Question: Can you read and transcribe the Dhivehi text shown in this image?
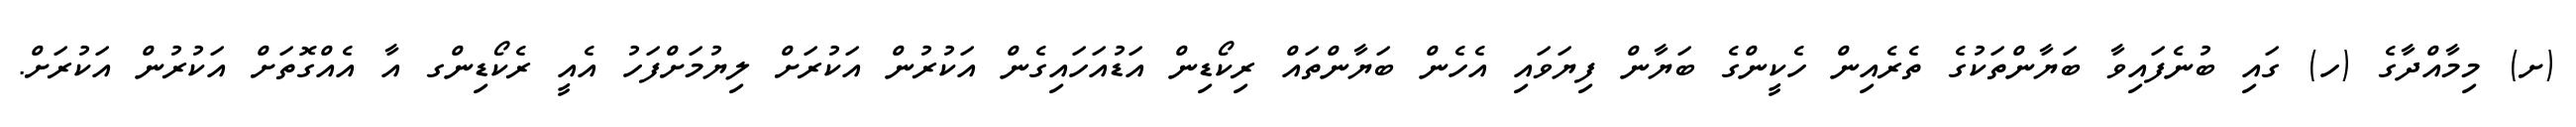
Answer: (ށ) މިމާއްދާގެ (ހ) ގައި ބުނެފައިވާ ބަޔާންތަކުގެ ތެރެއިން ހެކީންގެ ބަޔާން ފިޔަވައި އެހެން ބަޔާންތައް ރިކޯޑިން އަޑުއަހައިގެން އަކުރުން އަކުރަށް ލިޔުމަށްފަހު އެއީ ރެކޯޑިންގ އާ އެއްގޮތަށް އަކުރުން އަކުރަށް.